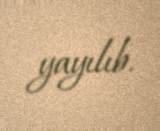
yayılıb.